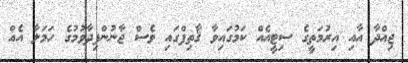
ޖިއްދާ އާއި އިރުމަތީގެ ސިޓީއެއް ކަމުގައިވާ ޤާތިފްގައި ވެސް ޖާނުންފިދާވުމުގެ ހަމަލާ އެއް